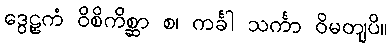
ဒွေဠှကံ ဝိစိကိစ္ဆာ စ၊ ကင်္ခါ သင်္ကာ ဝိမတျပိ။